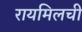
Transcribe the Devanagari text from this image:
रायमिलची